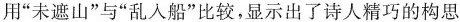
用”未遮山”与”乱入船”比较，显示出了诗人精巧的构思